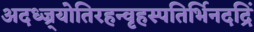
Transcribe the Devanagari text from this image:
अदध्ज्र्योतिरहन्वृहस्पतिर्भिनदद्रिं